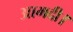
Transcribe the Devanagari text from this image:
आमदी।